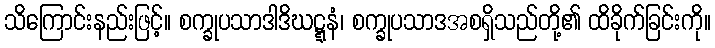
သိကြောင်းနည်းဖြင့်။ စက္ခုပသာဒါဒိဃဋ္ဋနံ၊ စက္ခုပသာဒအစရှိသည်တို့၏ ထိခိုက်ခြင်းကို။